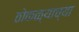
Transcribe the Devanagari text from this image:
ठोकळ्याच्या